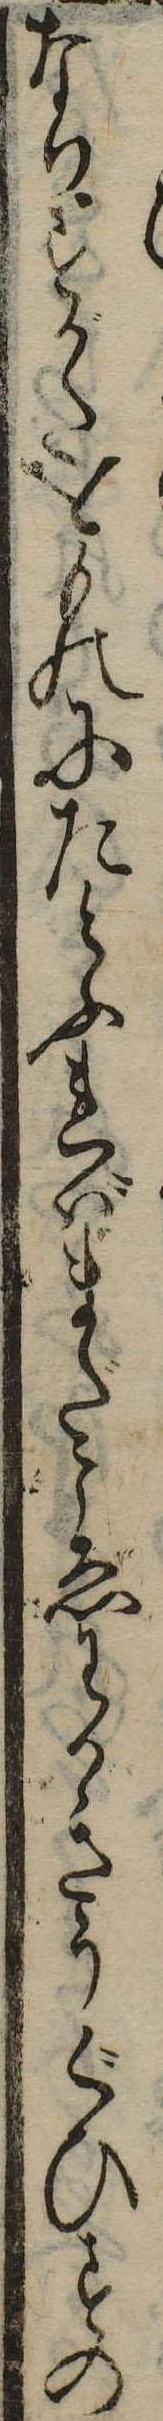
なりすがたをものにたとふればまざにゑわかきうぐひすの